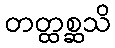
တတ္ထစ္ဆသိ